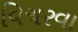
વિચરવા